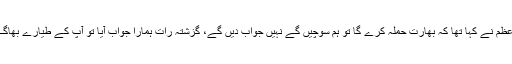
وزیراعظم نے کہا تھا کہ بھارت حملہ کرے گا تو ہم سوچیں گے نہیں جواب دیں گے، گزشتہ رات ہمارا جواب آیا تو آپ کے طیارے بھاگ گئے۔